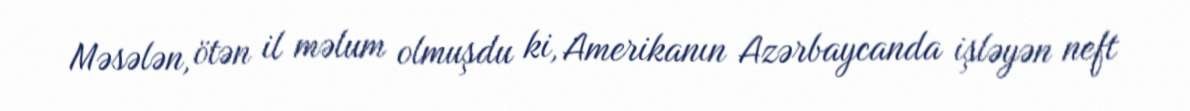
Məsələn, ötən il məlum olmuşdu ki, Amerikanın Azərbaycanda işləyən neft